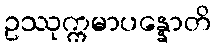
ဥဿုက္ကမာပန္နောတိ